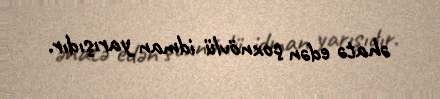
əhatə edən çoxnövlü idman yarışıdır.